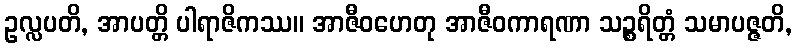
ဥလ္လပတိ, အာပတ္တိ ပါရာဇိကဿ။ အာဇီဝဟေတု အာဇီဝကာရဏာ သဉ္စရိတ္တံ သမာပဇ္ဇတိ,